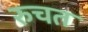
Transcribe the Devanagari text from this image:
रुचत